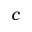
c